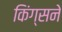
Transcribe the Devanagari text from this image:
किंग्सने